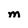
Character: m